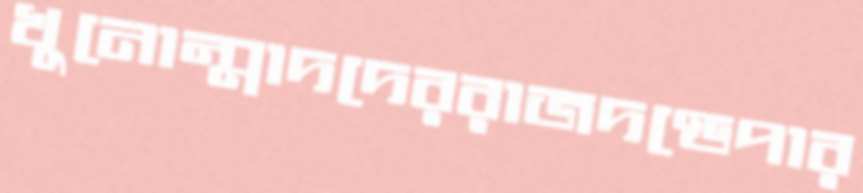
খুনোন্মাদদেররাজদণ্ডেপার